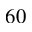
6 0